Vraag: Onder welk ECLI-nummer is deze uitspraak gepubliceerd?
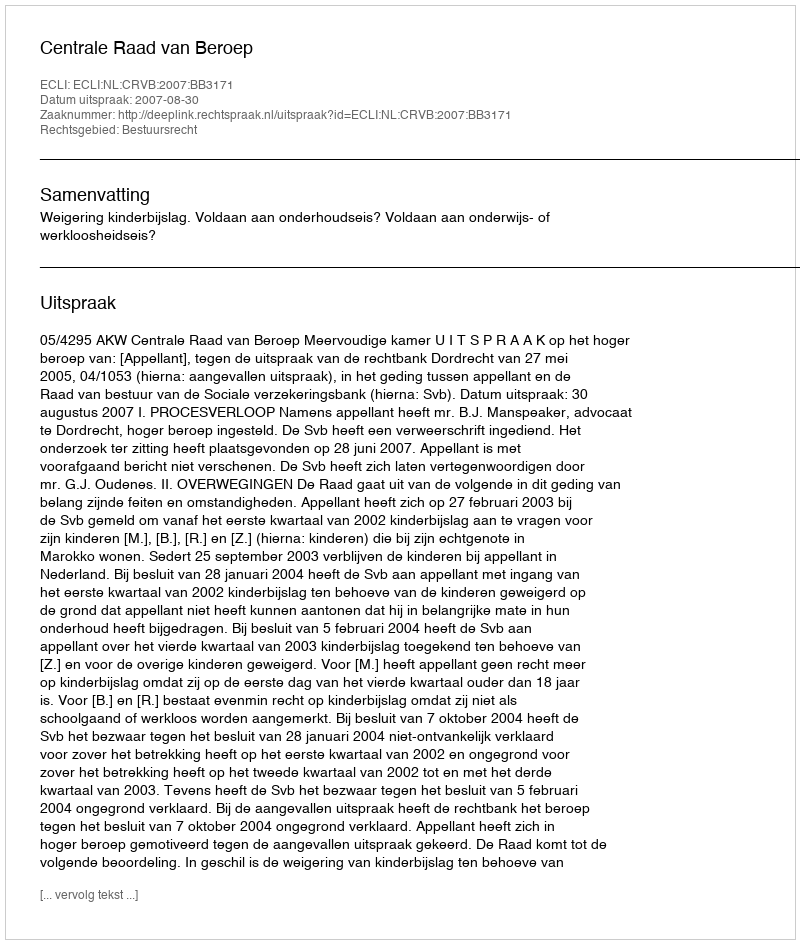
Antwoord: ECLI:NL:CRVB:2007:BB3171